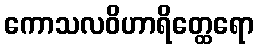
ကောသလဝိဟာရိတ္ထေရော